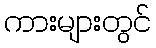
ကားများတွင်